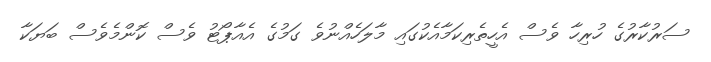
ސަރުކާރުގެ ހުރިހާ ވެސް އެހީތެރިކަމާއެކުގައި މާލަހެއްނުވެ ގަމުގެ އެއާޕޯޓު ވެސް ކޮންމެވެސް ބަޔަކާ